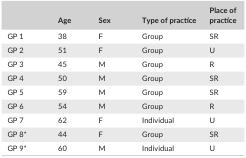
|  | Age | Sex | Type of practice | Place of practice |
 | --- | --- | --- | --- | --- |
 | GP 1 | 38 | F | Group | SR |
 | GP 2 | 51 | F | Group | U |
 | GP 3 | 45 | M | Group | R |
 | GP 4 | 50 | M | Group | SR |
 | GP 5 | 59 | M | Group | SR |
 | GP 6 | 54 | M | Group | R |
 | GP 7 | 62 | F | Individual | U |
 | GP 8a | 44 | F | Group | SR |
 | GP 9a | 60 | M | Individual | U |